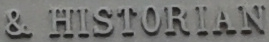
& HISTORIAN